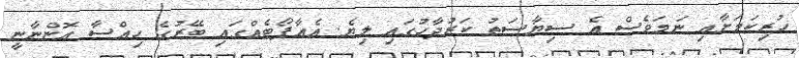
ހުރިކަމަށާއި ނަމަވެސް އެ ސިޔާސަތު ކަރުދާހުގައި ލިޔެ